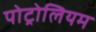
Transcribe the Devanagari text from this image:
पोट्रोलियम